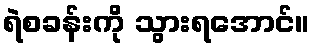
ရဲစခန်းကို သွားရအောင်။